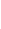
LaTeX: J\! \! \! \! \! \! \! \! \! \! \! \! _{\! \! \! \! \! \! \! \! \! \! \! \! \lambda\! \! \! \! \! \! \! \! \! \! \! \! _{\! }\! \! \! \! \! \! \! \! \! \! \! 0}\! \! \! \! \! \! \! \! \! \! \! \! \subset\! \! \! \! \! \! \! \! \! \! \! \! [\! \! \! \! \! \! \! \! \! \! \! \! 0\! \! \! \! \! \! \! \! \! \! \! \! ,\! \! \! \! \! \! \! \! \! \! \! \! 1\! \! \! \! \! \! \! \! \! \! \! \! ]\! \! \! \! \! \! \! \! \! \! \!